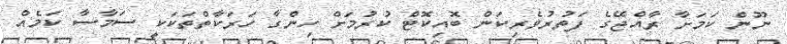
ނޫން ކަމަށާ ރާއްޖޭގެ ފަތުރުވެރިކަން ބޮއިކޮޓް ކުރުމަށް ހިންގާ ހަރަކާތްތަކަކީ ސަމާސާ ކަމެއް